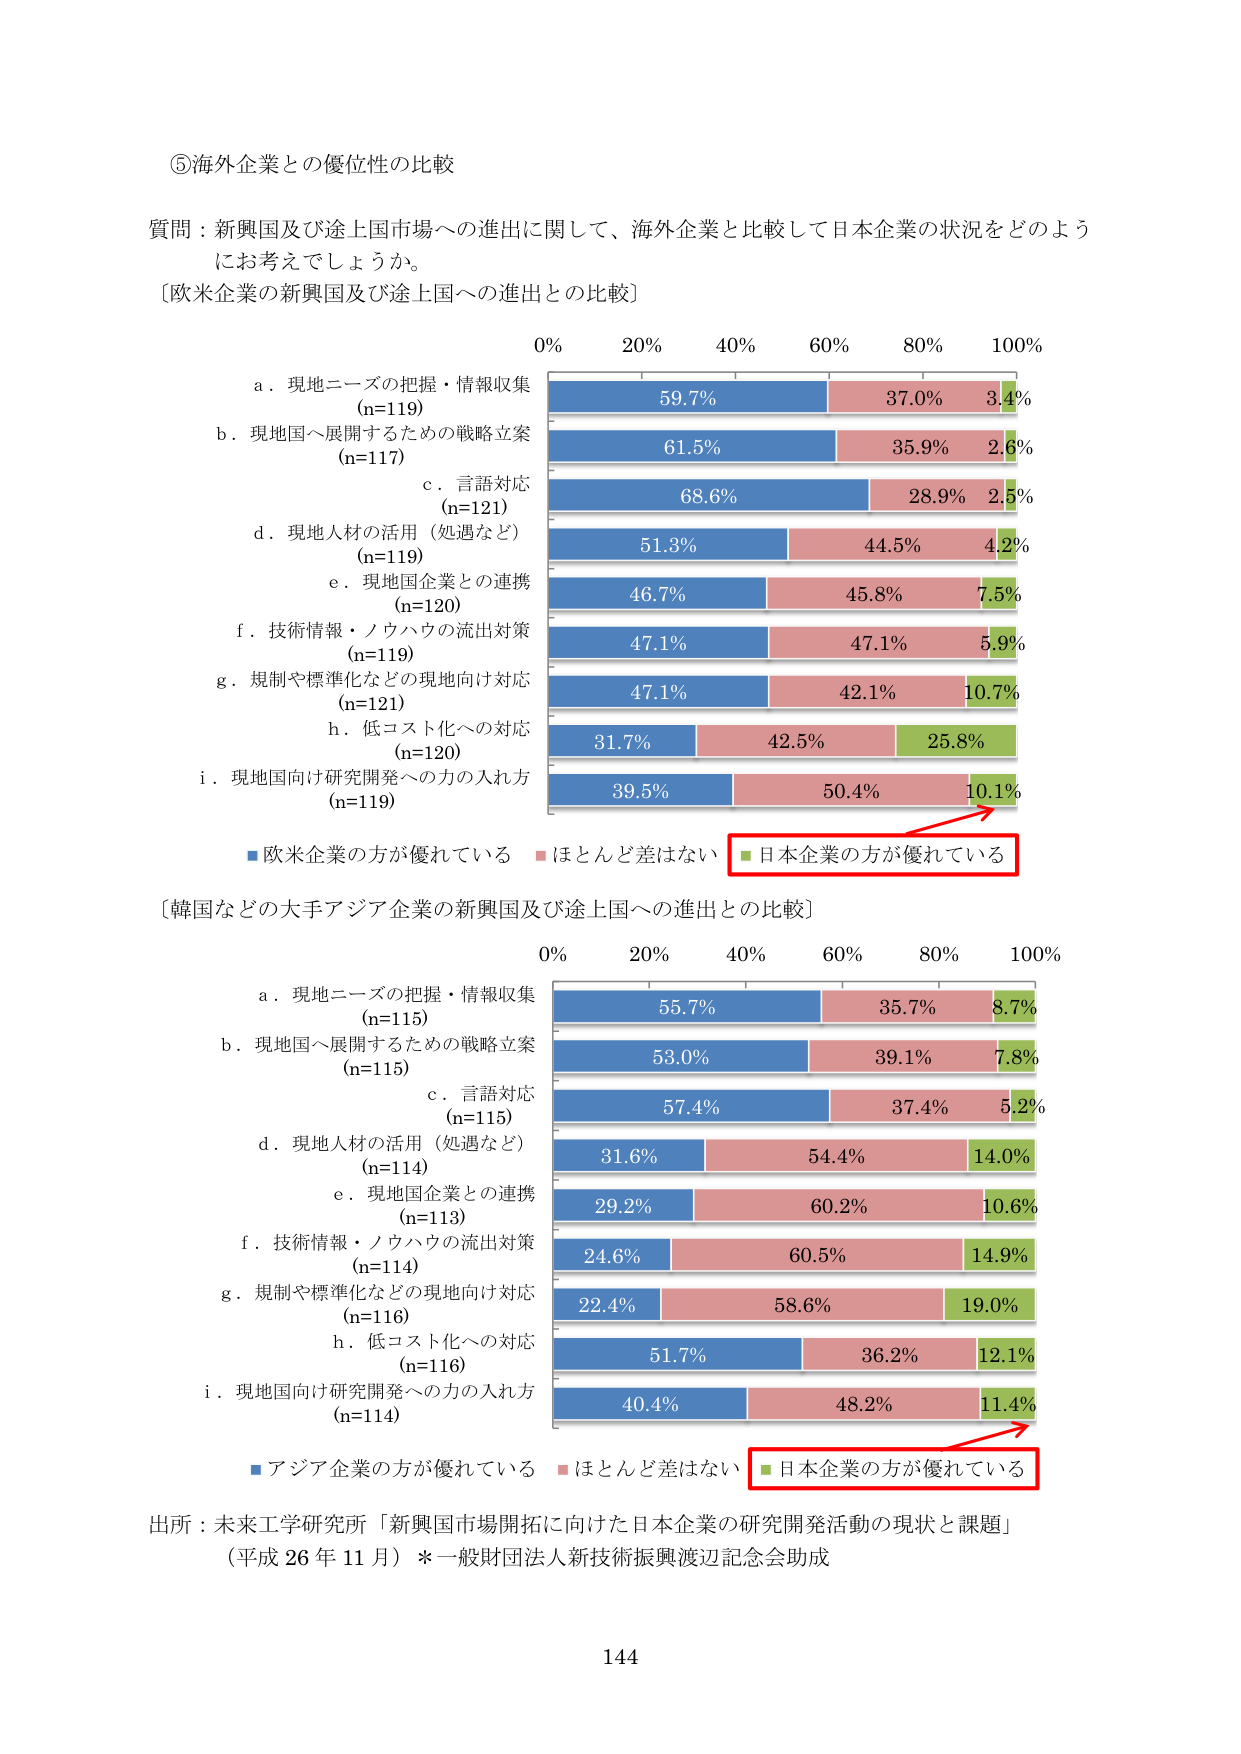
⑤海外企業との優位性の比較

質問：新興国及び途上国市場への進出に関して、海外企業と比較して日本企業の状況をどのようにお考えでしょうか。

〔欧米企業の新興国及び途上国への進出との比較〕

0% 20% 40% 60% 80% 100%

a．現地ニーズの把握・情報収集
(n=119) 59.7% 37.0% 3.4%

b．現地国へ展開するための戦略立案
(n=117) 61.5% 35.9% 2.6%

c．言語対応
(n=121) 68.6% 28.9% 2.5%

d．現地人材の活用（処遇など）
(n=119) 51.3% 44.5% 4.2%

e．現地国企業との連携
(n=120) 46.7% 45.8% 7.5%

f．技術情報・ノウハウの流出対策
(n=119) 47.1% 47.1% 5.9%

g．規制や標準化などの現地向け対応
(n=121) 47.1% 42.1% 10.7%

h．低コスト化への対応
(n=120) 31.7% 42.5% 25.8%

i．現地国向け研究開発への力の入れ方
(n=119) 39.5% 50.4% 10.1%

■欧米企業の方が優れている ■ほとんど差はない ■日本企業の方が優れている

〔韓国などの大手アジア企業の新興国及び途上国への進出との比較〕

0% 20% 40% 60% 80% 100%

a．現地ニーズの把握・情報収集
(n=115) 55.7% 35.7% 8.7%

b．現地国へ展開するための戦略立案
(n=115) 53.0% 39.1% 7.8%

c．言語対応
(n=115) 57.4% 37.4% 5.2%

d．現地人材の活用（処遇など）
(n=114) 31.6% 54.4% 14.0%

e．現地国企業との連携
(n=113) 29.2% 60.2% 10.6%

f．技術情報・ノウハウの流出対策
(n=114) 24.6% 60.5% 14.9%

g．規制や標準化などの現地向け対応
(n=116) 22.4% 58.6% 19.0%

h．低コスト化への対応
(n=116) 51.7% 36.2% 12.1%

i．現地国向け研究開発への力の入れ方
(n=114) 40.4% 48.2% 11.4%

■アジア企業の方が優れている ■ほとんど差はない ■日本企業の方が優れている

出所：未来工学研究所「新興国市場開拓に向けた日本企業の研究開発活動の現状と課題」
（平成26年11月）＊一般財団法人新技術振興渡辺記念会助成

144